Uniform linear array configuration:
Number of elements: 64
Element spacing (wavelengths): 0.5
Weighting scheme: exponential
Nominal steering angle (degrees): -30
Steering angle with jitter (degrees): -30.645
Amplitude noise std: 0.05
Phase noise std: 0.05

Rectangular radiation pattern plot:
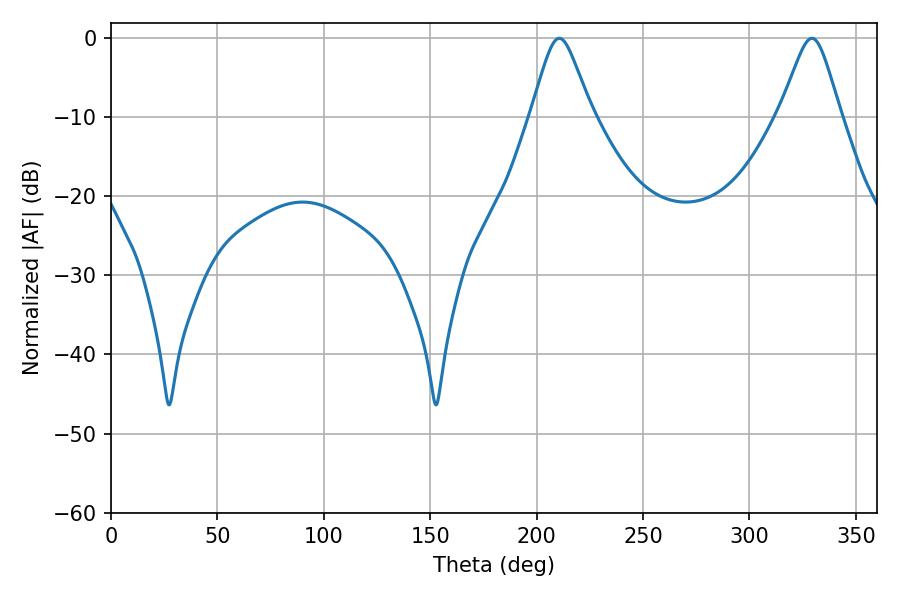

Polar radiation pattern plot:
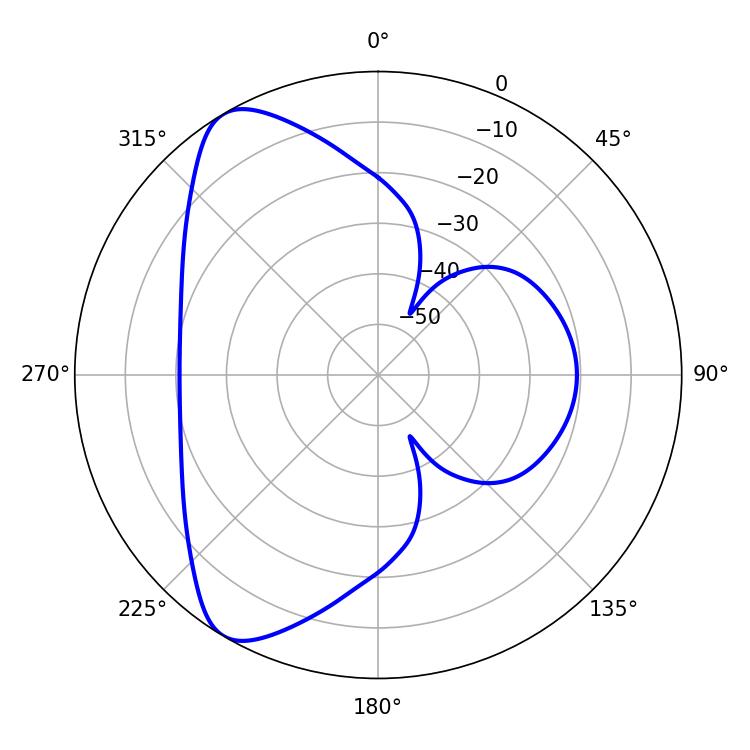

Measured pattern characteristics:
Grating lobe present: FALSE
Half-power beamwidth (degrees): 13.68
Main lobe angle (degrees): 210.6